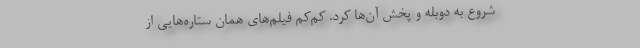
شروع به دوبله و پخش آن‌ها کرد. کم‌کم فیلم‌های همان ستاره‌هایی از